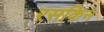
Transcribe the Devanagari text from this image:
रसकिन